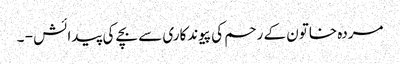
مردہ خاتون کے رحم کی پیوندکاری سے بچے کی پیدائش - ۔